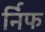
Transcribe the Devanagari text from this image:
र्निफ